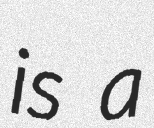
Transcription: is a